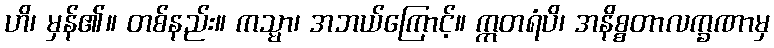
ဟိ၊ မှန်၏။ တစ်နည်း။ ကသ္မာ၊ အဘယ်ကြောင့်။ ဣတရံပိ၊ အနိစ္စတာလက္ခဏာမှ